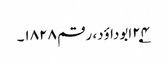
۲۴؂ابوداؤد، رقم ۱۸۲۸۔